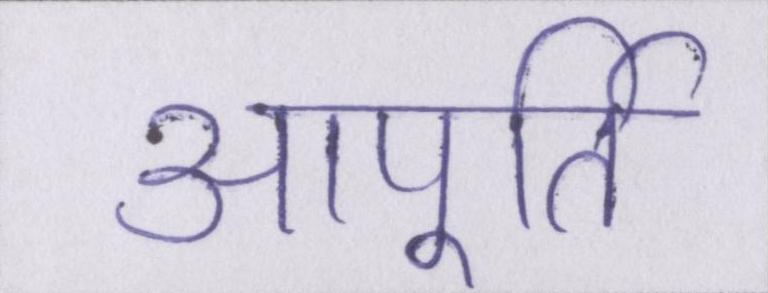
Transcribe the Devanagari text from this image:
आपूर्ति